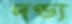
দণ্ড্য